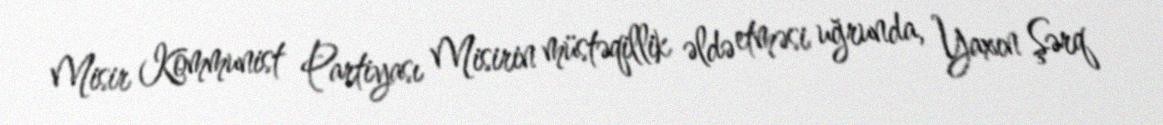
Misir Kommunist Partiyası Misirin müstəqillik əldə etməsi uğrunda, Yaxın Şərq